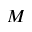
M